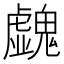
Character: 𩴥